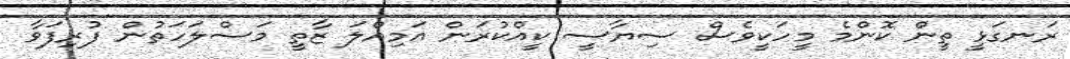
ރަނގަޅީ ތިީން ކޮންމެ މީހަކީވެސް ސިޔާސީ ކީއްކުރަން އަމިއްލަ ޒާތީ މަސްލަހަތުން ފުރިފަވާ